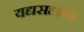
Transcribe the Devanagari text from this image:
यद्यसदृशी।